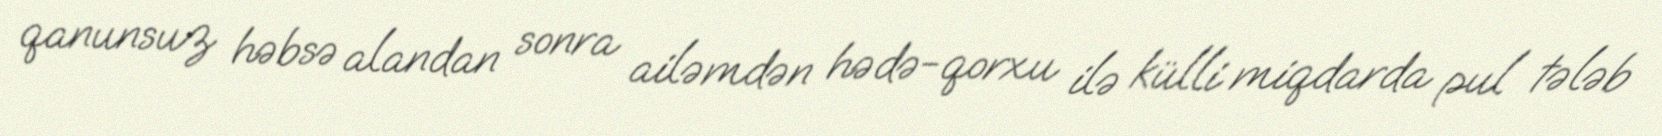
qanunsuz həbsə alandan sonra ailəmdən hədə-qorxu ilə külli miqdarda pul tələb